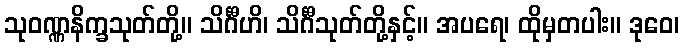
သုဝဏ္ဏနိက္ခသုတ်တို့။ သိင်္ဂီဟိ၊ သိင်္ဂီသုတ်တို့နှင့်။ အပရေ၊ ထိုမှတပါး။ ဒုဝေ၊